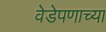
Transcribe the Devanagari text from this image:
वेडेपणाच्या